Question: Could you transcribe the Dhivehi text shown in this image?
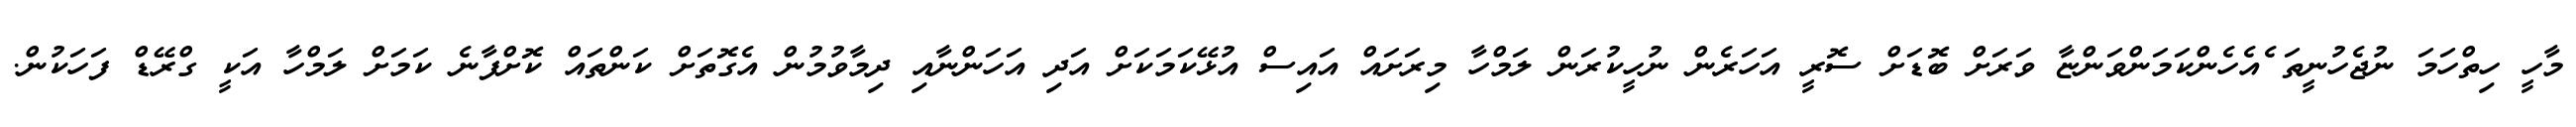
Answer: މާހީ ހިތްހަމަ ނުޖެހުނީތަ ެއެހެންކަމަންވަންޏާ ވަރަށް ބޮޑަށް ސޮރީ އަހަރެން ނުހީކުރަން ލަމްހާ މިރަށައް އައިސް އުޅޭކަމަކަށް އަދި އަހަންނާއި ދިމާވުމުން އެގޮތަށް ކަންތައް ކޮށްފާނެ ކަމަށް ލަމްހާ އަކީ ގްރޭޑް ފަހަކުން.